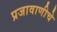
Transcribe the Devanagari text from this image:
प्रजावाणीचे